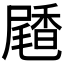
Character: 𪨝